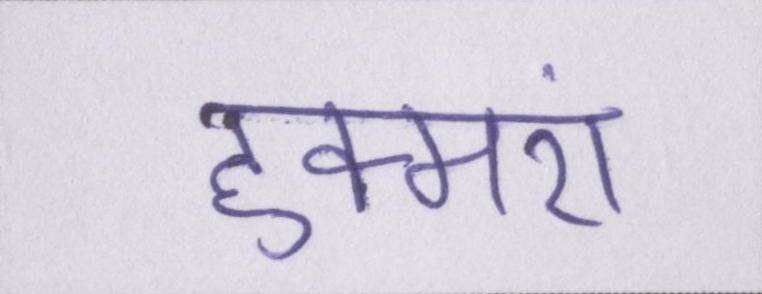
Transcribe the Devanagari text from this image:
हुक्मरां